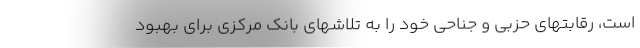
است، رقابتهای حزبی و جناحی خود را به تلاشهای بانک مرکزی برای بهبود